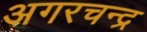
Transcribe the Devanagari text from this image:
अगरचन्द्र